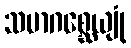
သမာဂစ္ဆေယျုံ